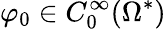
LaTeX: \varphi_{0}\in C_{0}^{\infty}(\Omega^{*})